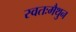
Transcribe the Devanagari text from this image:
स्वतःमैथुन